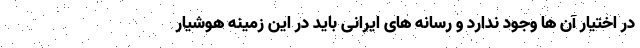
در اختیار آن ها وجود ندارد و رسانه های ایرانی باید در این زمینه هوشیار